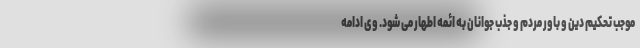
موجب تحکیم دین و باور مردم و جذب جوانان به ائمه اطهار می شود. وی ادامه